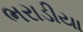
ભરાડીયા